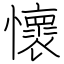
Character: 懷